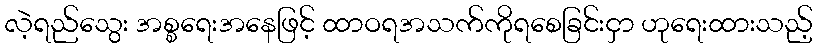
လဲ့ရည်သွေး အစ္စရေးအနေဖြင့် ထာဝရအသက်ကိုရစေခြင်းငှာ ဟုရေးထားသည့်